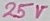
Text: 25V